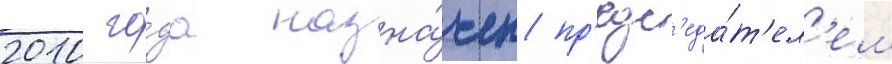
2010 го́да назна́чен пр'едс'еда́т'ел'ем